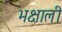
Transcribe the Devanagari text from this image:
भक्षाली